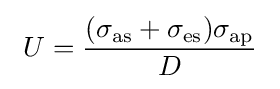
~U={\frac {(\sigma _{\rm {as}}+\sigma _{\rm {es}})\sigma _{\rm {ap}}}{D}}~